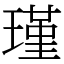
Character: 瑾